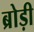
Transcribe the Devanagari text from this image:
ब्रोड़ी